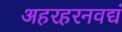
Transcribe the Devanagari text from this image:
अहरहरनवद्यं